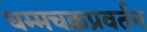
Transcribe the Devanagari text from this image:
धम्मचक्रप्रवर्तन